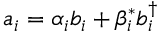
a _ { i } = \alpha _ { i } b _ { i } + \beta _ { i } ^ { * } b _ { i } ^ { \dagger }